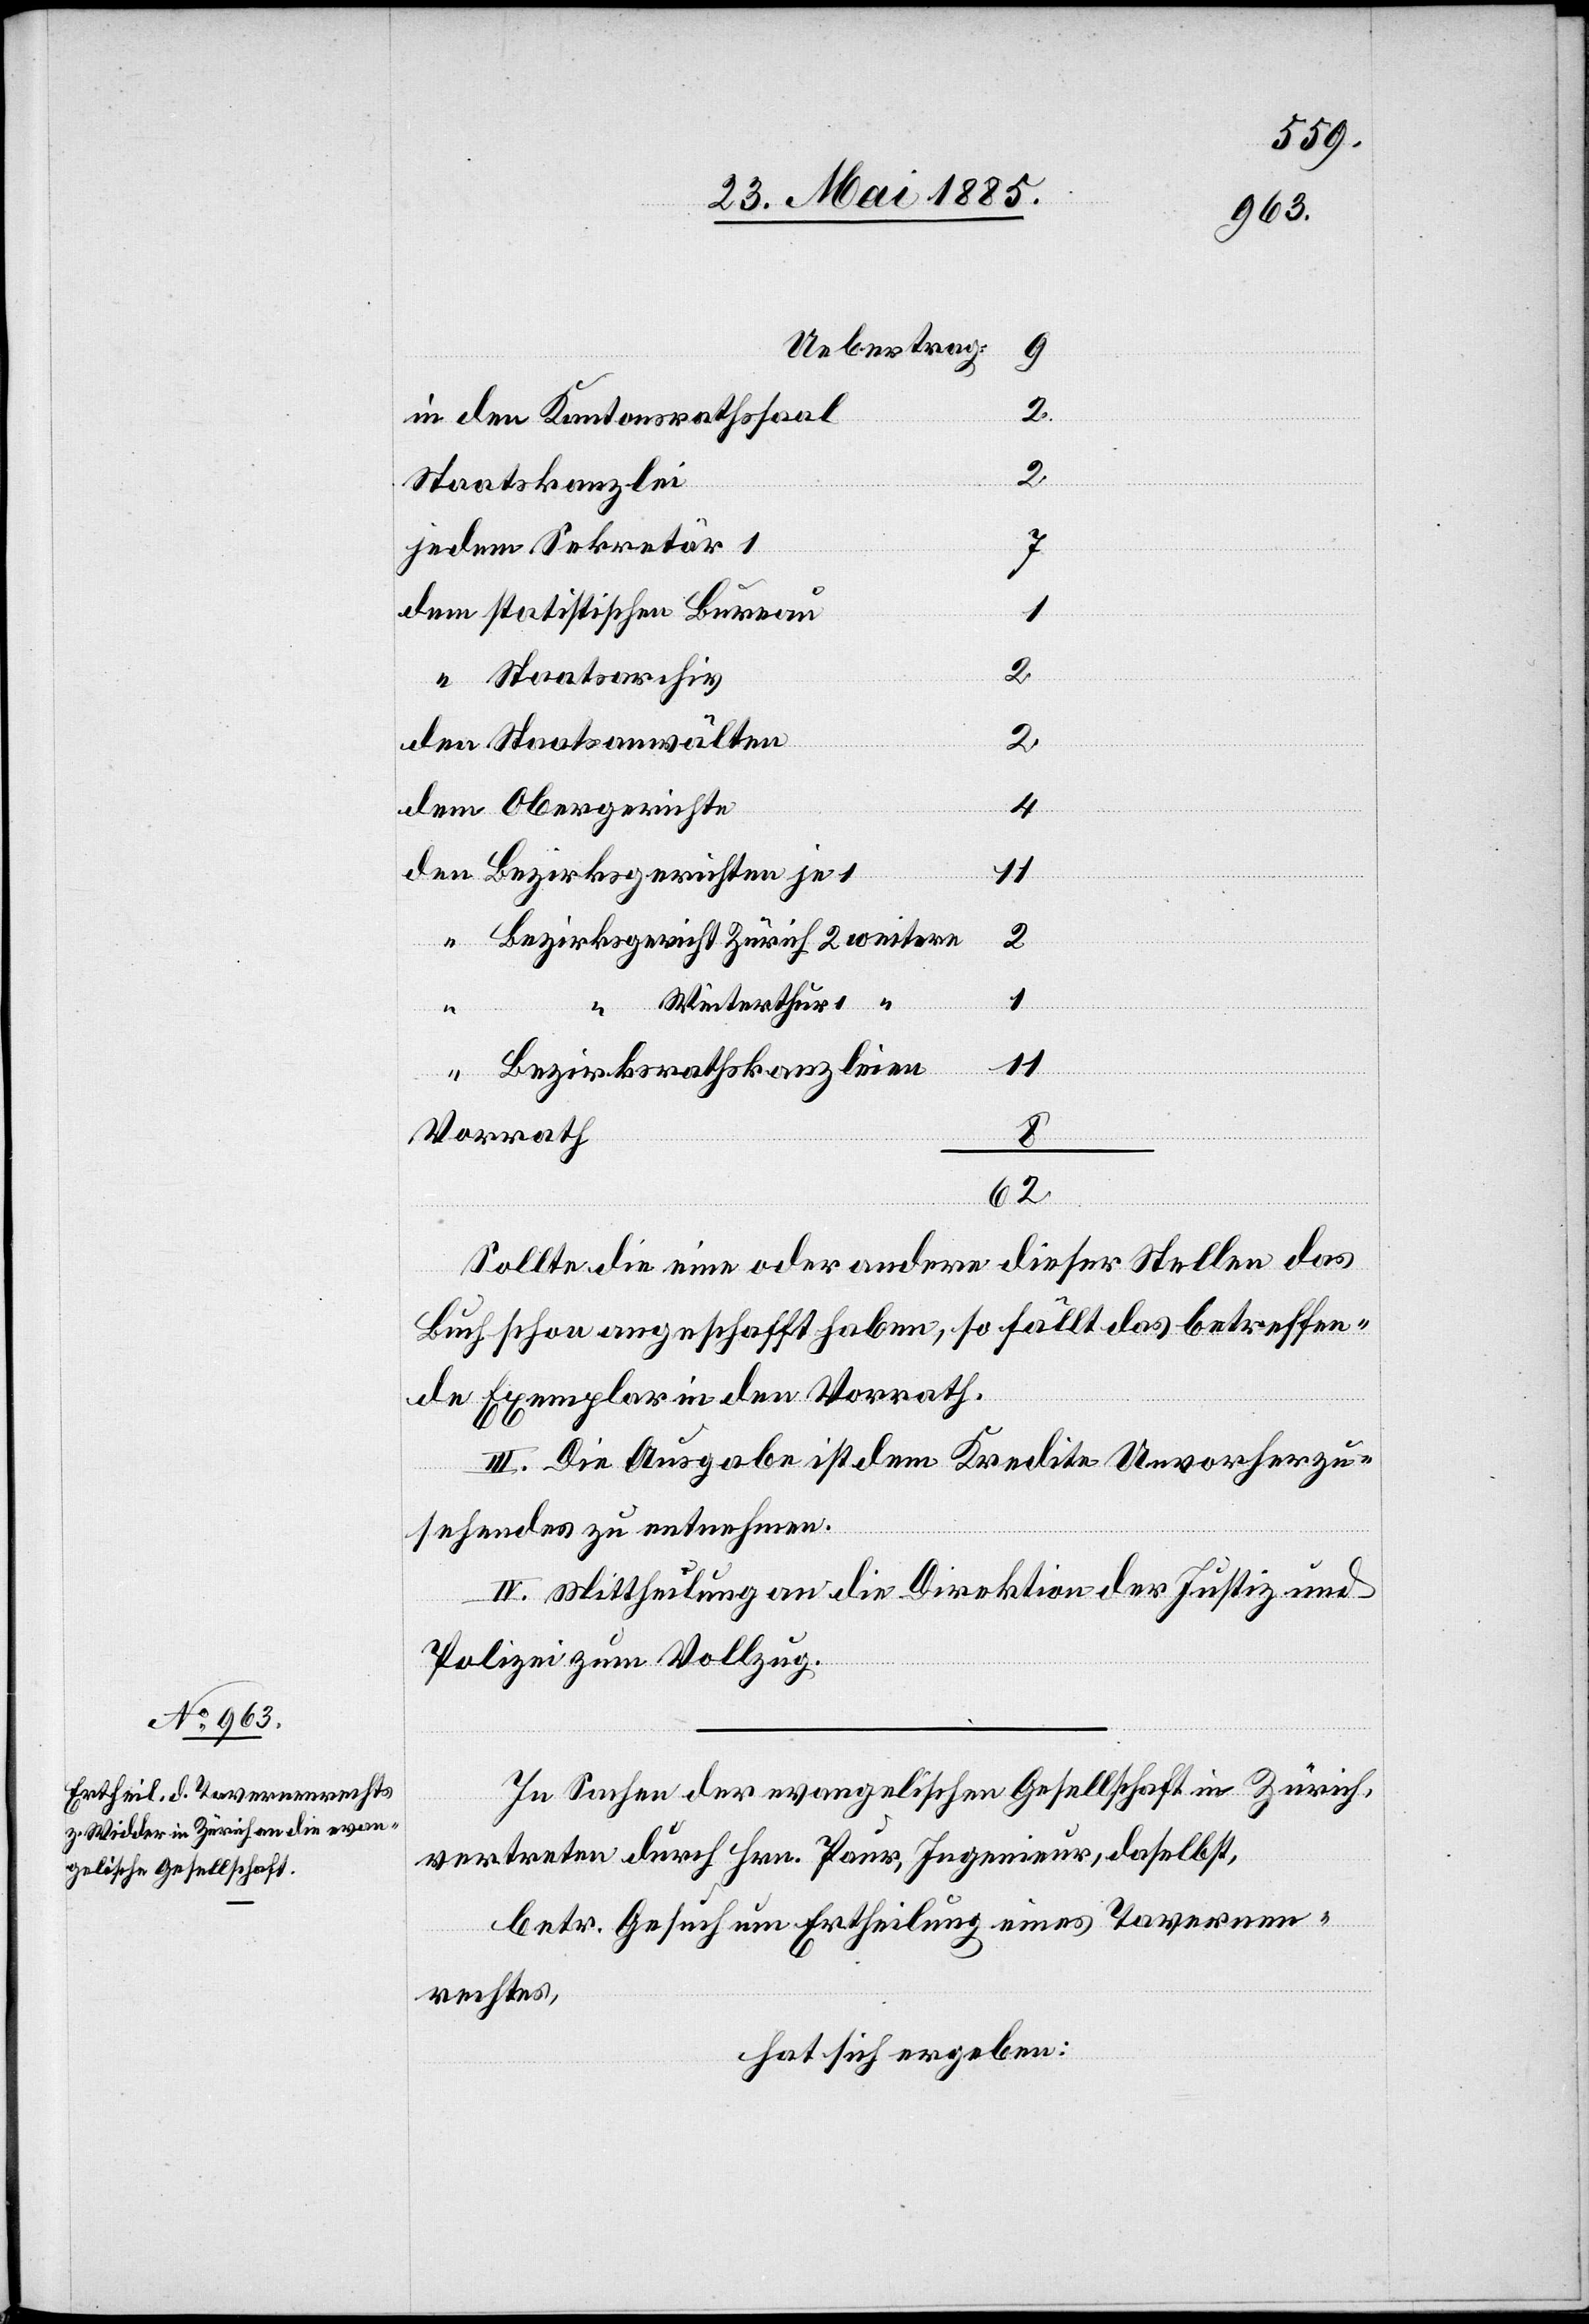
in dem Kantonsrathssaal
2
Staatskanzlei
jedem Sekretär 1
7
statistischen Bureau
1
Staatsarchiv
2
den Staatsanwälten
dem Obergerichte
4
Bezirksgerichten je
Winterthur
1
1
Bezirksrathskanzleien
Vorrath
8
62
Sollte die eine oder andere dieser Stellen das
Buch schon angeschafft haben, so fällt das betreffen¬
de Exemplar in den Vorrath.
III. Die Ausgabe ist dem Kredite Unvorherzu¬
sehendes zu entnehmen.
IV. Mittheilung an die Direktion der Justiz und
Polizei zum Vollzug.
In Sachen der evangelischen Gesellschaft in Zürich,
vertreten durch Hrn. Paur, Ingenieur, daselbst,
betr. Gesuch um Ertheilung eines Tavernen¬
rechtes,
hat sich ergeben: